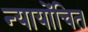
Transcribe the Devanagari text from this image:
न्‍यायोंचित